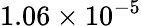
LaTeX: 1.06\times 10^{-5}